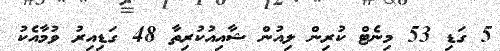
5 ގަޑި 53 މިނެޓް ކުރިން ލިއުން ޝާއިއުކުރިތާ 48 ގަޑިއިރު ވުމާއެކު